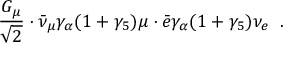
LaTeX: \frac { G _ { \mu } } { \sqrt { 2 } } \cdot \bar { \nu } _ { \mu } \gamma _ { \alpha } ( 1 + \gamma _ { 5 } ) \mu \cdot \bar { e } \gamma _ { \alpha } ( 1 + \gamma _ { 5 } ) \nu _ { e } \; \; .